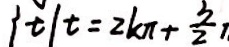
\vert t \vert t = 2 k \pi + \frac { 3 } { 2 }